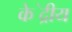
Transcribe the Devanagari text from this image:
के॓द्रीय